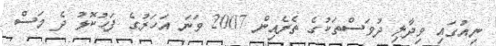
ނިއުގައި ވިދާލި ދުވަސްތަކުގެ ތެރެއިން 2007 ވަނަ އަހަރުގެ ފަހުކޮޅު ދެ މަސް